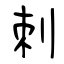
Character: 刺